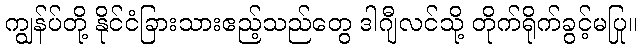
ကျွန်ပ်တို့ နိုင်ငံခြားသားဧည့်သည်တွေ ဒါဂျီလင်သို့ တိုက်ရိုက်ခွင့်မပြု။